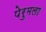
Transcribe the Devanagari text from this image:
पेरुमला